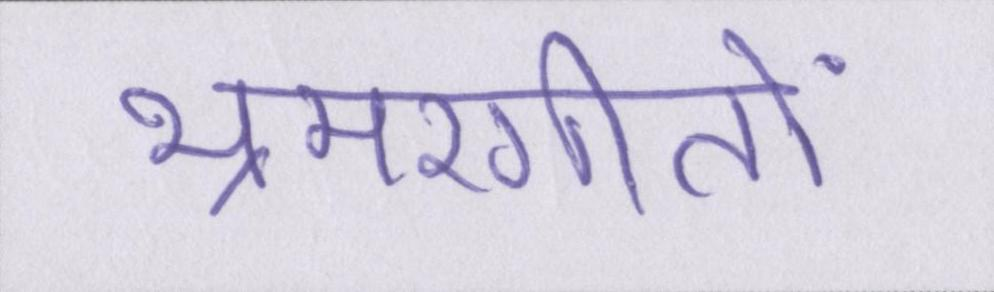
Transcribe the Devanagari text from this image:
भ्रमरगीतों